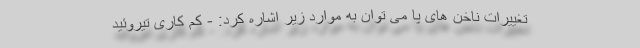
تغییرات ناخن های پا می توان به موارد زیر اشاره کرد: - کم کاری تیروئید